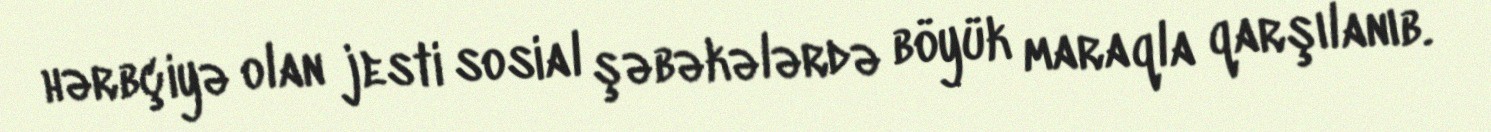
hərbçiyə olan jesti sosial şəbəkələrdə böyük maraqla qarşılanıb.